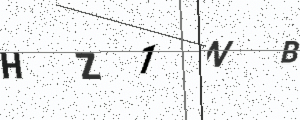
Text: HZ1NB